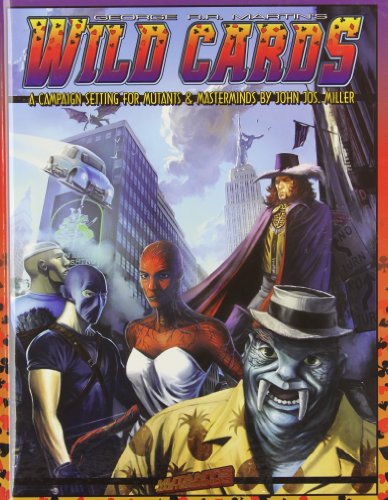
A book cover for Mutants Masterminds Rpg Wild Cards; John Jos Miller; Science Fiction & Fantasy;